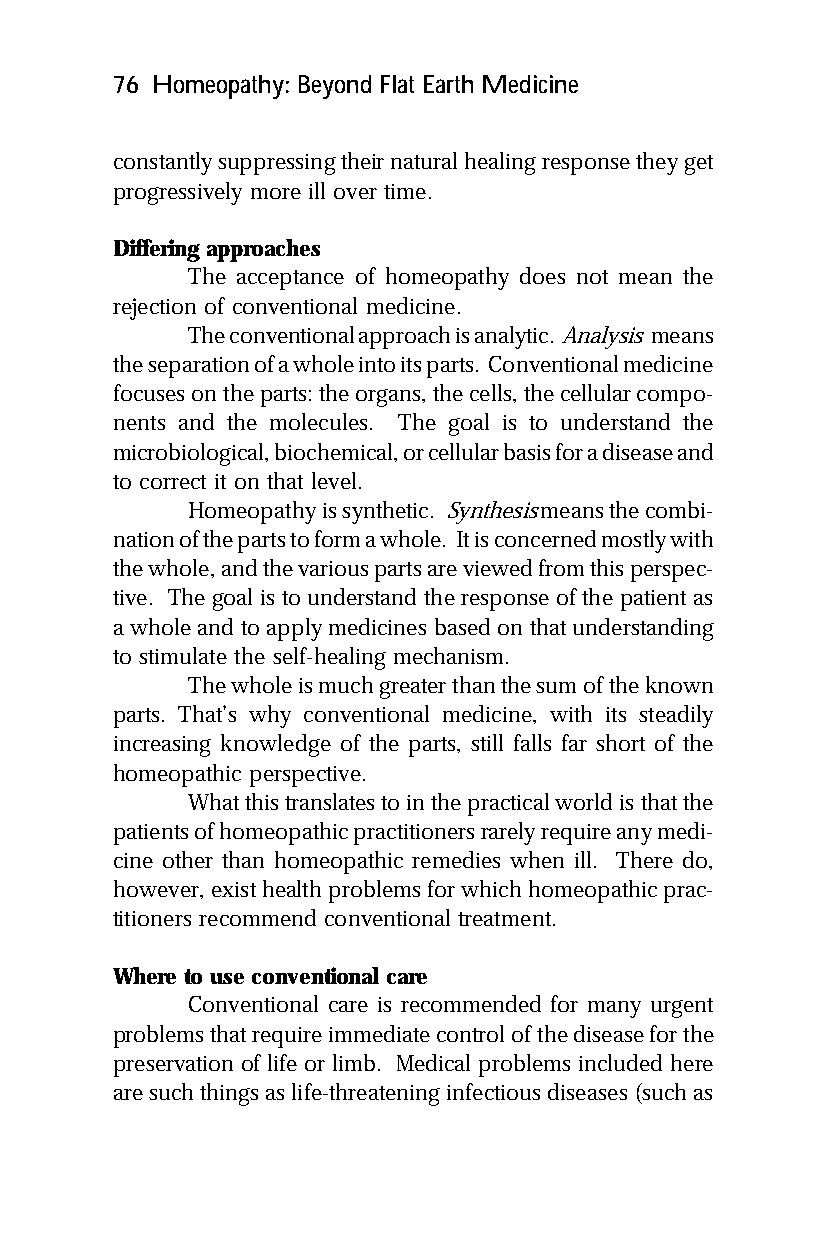
76 Homeopathy: Beyond Flat Earth Medicine
 constantly suppressing their natural healing response they get
 progressively more ill over time.
 Differing approaches
 The acceptance of homeopathy does not mean the
 rejection of conventional medicine.
 The conventional approach is analytic. Analysis means
 the separation of a whole into its parts. Conventional medicine
 focuses on the parts: the organs, the cells, the cellular compo-
 nents and the molecules. The goal is to understand the
 microbiological, biochemical, or cellular basis for a disease and
 to correct it on that level.
 Homeopathy is synthetic. Synthesis means the combi-
 nation of the parts to form a whole. It is concerned mostly with
 the whole, and the various parts are viewed from this perspec-
 tive. The goal is to understand the response of the patient as
 a whole and to apply medicines based on that understanding
 to stimulate the self-healing mechanism.
 The whole is much greater than the sum of the known
 parts. That’s why conventional medicine, with its steadily
 increasing knowledge of the parts, still falls far short of the
 homeopathic perspective.
 What this translates to in the practical world is that the
 patients of homeopathic practitioners rarely require any medi-
 cine other than homeopathic remedies when ill. There do,
 however, exist health problems for which homeopathic prac-
 titioners recommend conventional treatment.
 Where to use conventional care
 Conventional care is recommended for many urgent
 problems that require immediate control of the disease for the
 preservation of life or limb. Medical problems included here
 are such things as life-threatening infectious diseases (such as